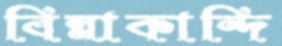
বিন্নাকান্দি